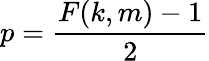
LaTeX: p={\frac{F(k,m)-1}{2}}